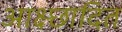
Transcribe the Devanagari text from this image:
आक्ष्छादित